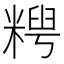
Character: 𫃈